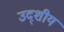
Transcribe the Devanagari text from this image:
उद्शीय